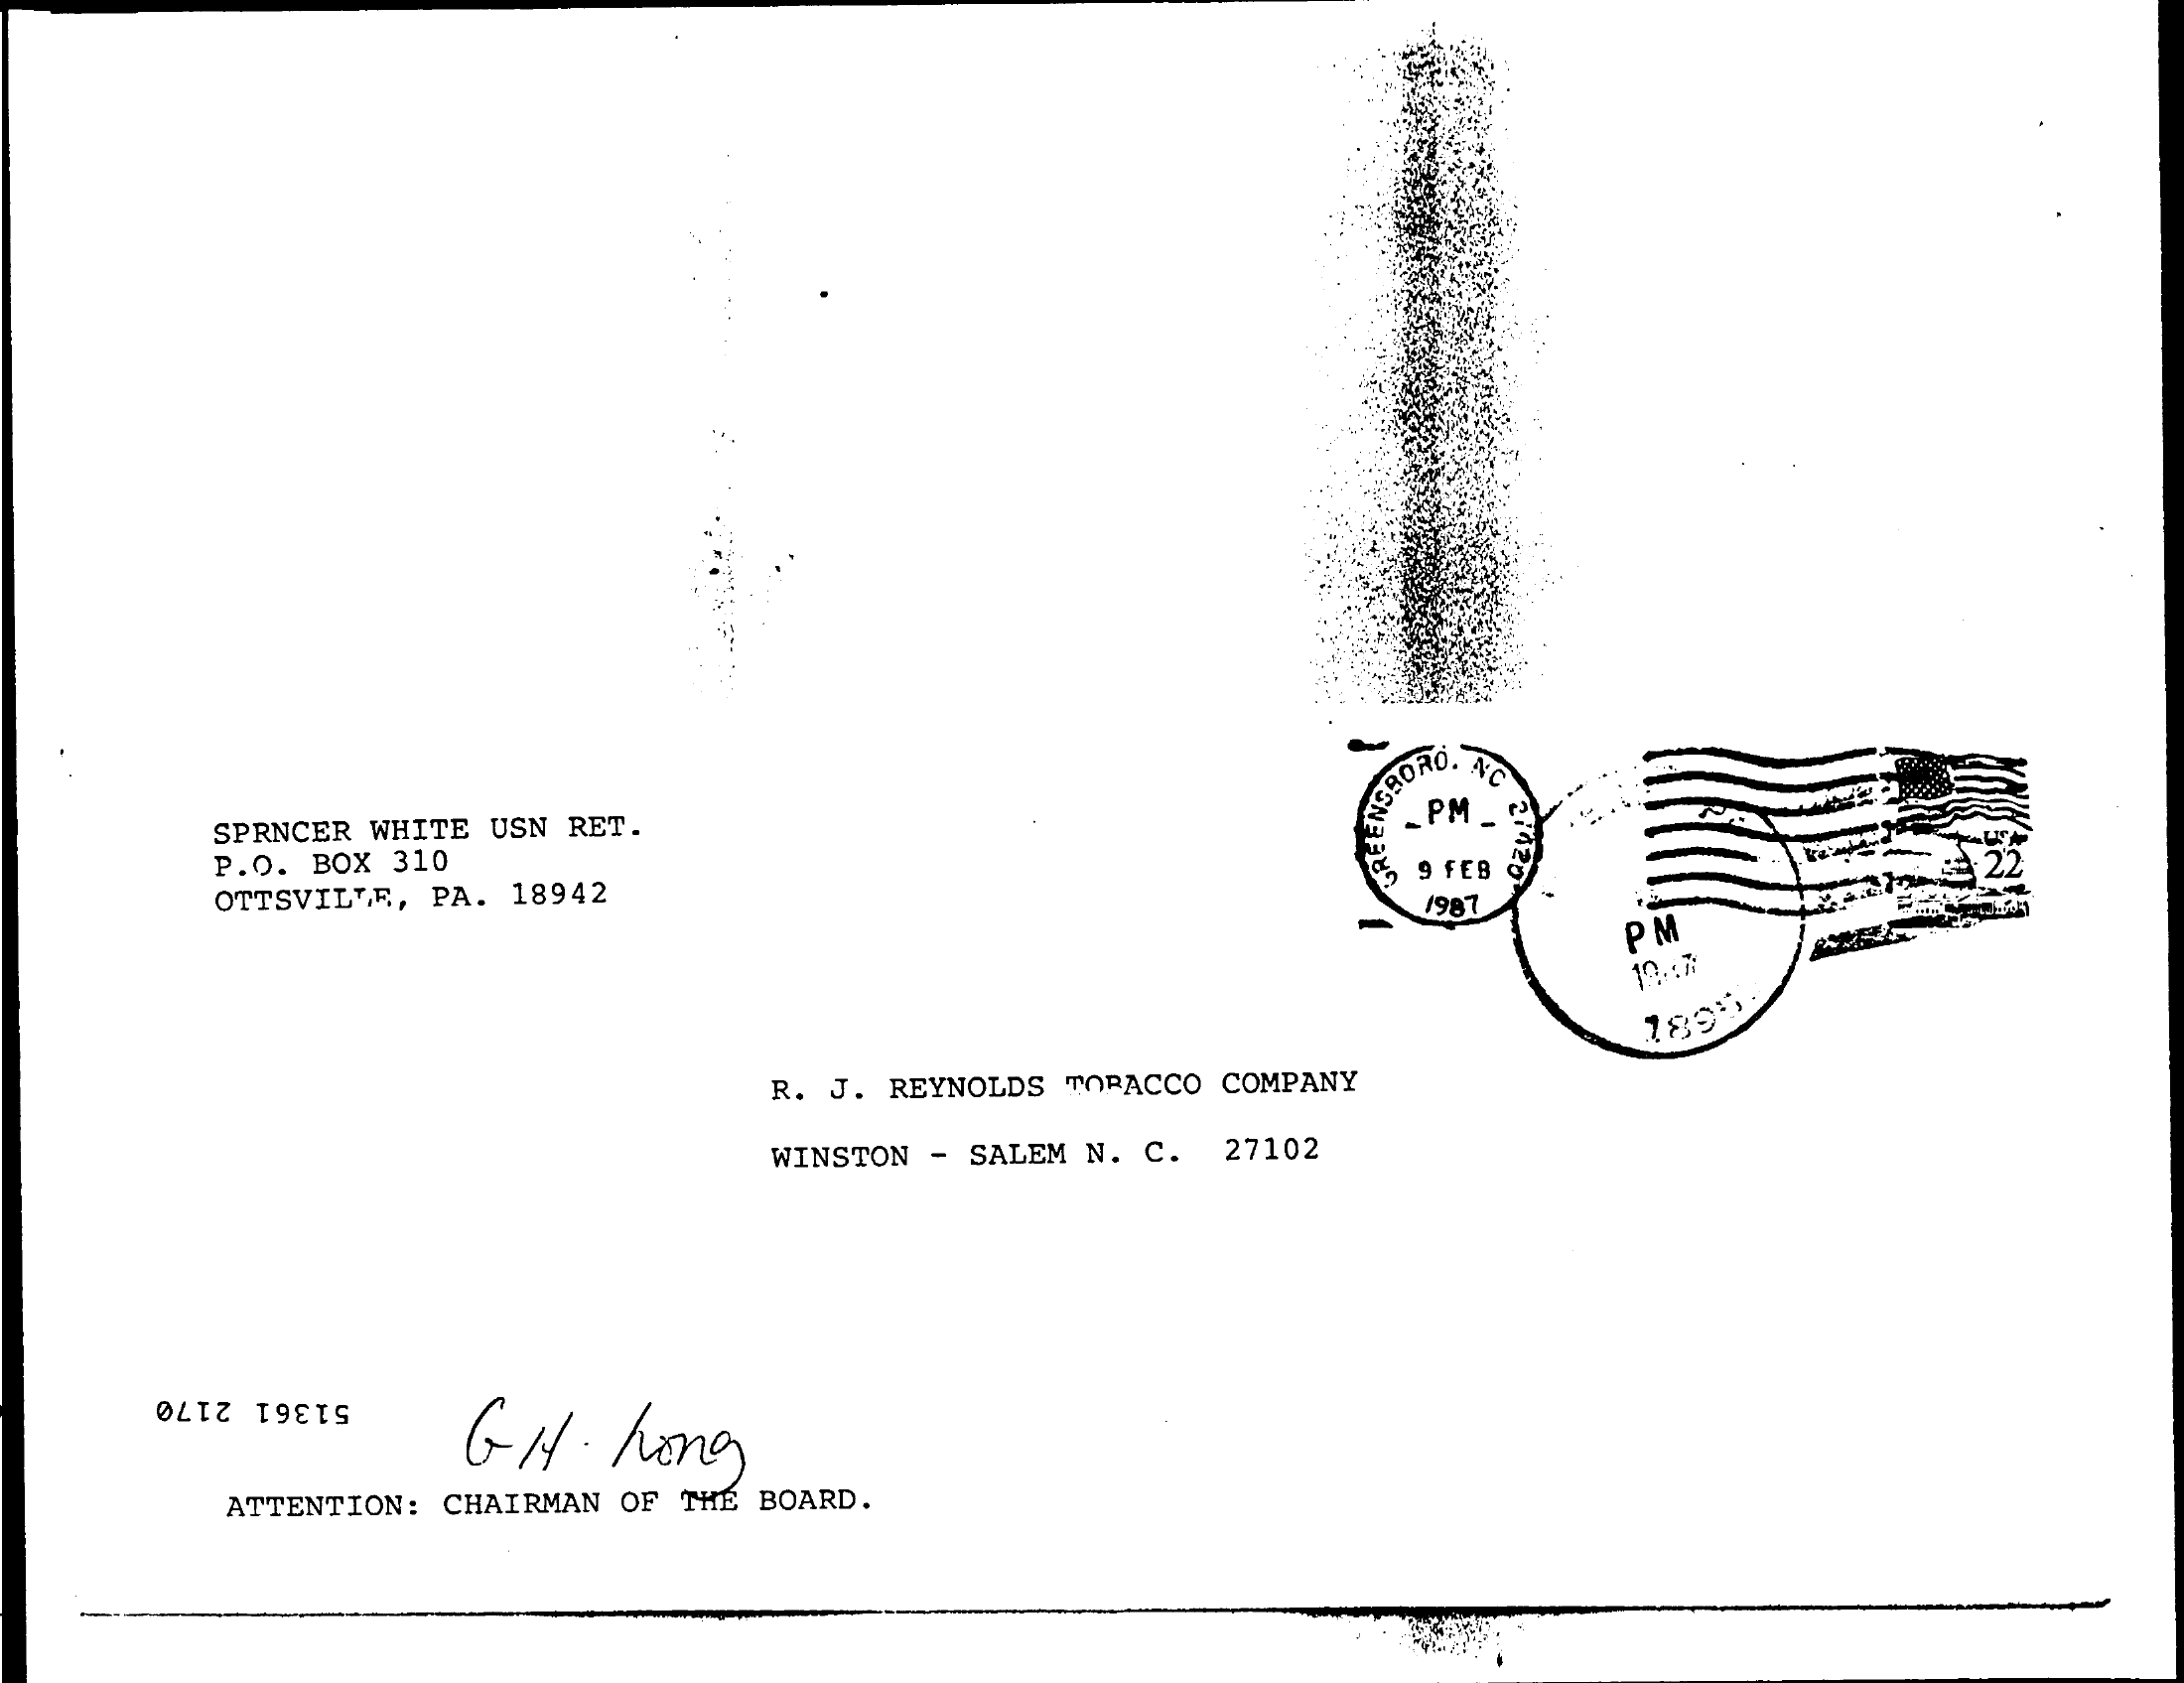
SPRNCER WHITE USN RET.
     PM _
     P.O. BOX 310
     OTTSVILLE, PA. 18942
     9 FEB O
     1987
     PM
     19.17
     1895
     R. J. REYNOLDS TOPACCO COMPANY
     WINSTON - SALEM N. C. 27102
     G1.   hong
     51361 2170
     ATTENTION: CHAIRMAN OF THE BOARD.